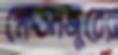
ক্ষেতমজুরের